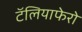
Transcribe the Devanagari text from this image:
टॅलियाफेरो